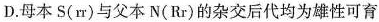
D.母本S(rr)与父本N(Rr)的杂交后代均为雄性可育